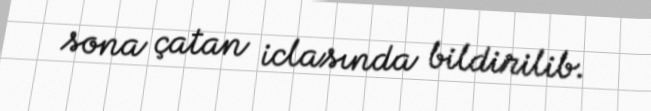
sona çatan iclasında bildirilib.